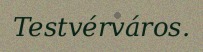
Testvérváros.